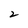
Character: 2